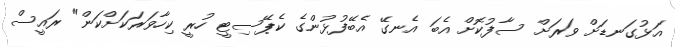
އަޅުގަނޑަށް ވަރަށް ސާފުކޮށް އެބަ އެނގޭ އެބޭފުޅުންގެ ކެޕޭސިޓީ ހުރީ ކިހާވަރަކަށްކަން" ރައީސް